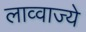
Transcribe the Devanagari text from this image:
लाव्वाज्ये